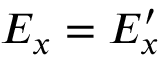
E _ { x } = E _ { x } ^ { \prime }